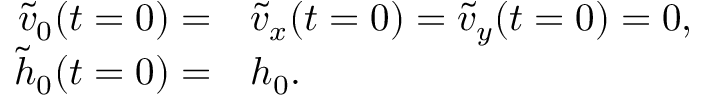
\begin{array} { r l } { \tilde { v } _ { 0 } ( t = 0 ) = } & { { } \tilde { v } _ { x } ( t = 0 ) = \tilde { v } _ { y } ( t = 0 ) = 0 , } \\ { \tilde { h } _ { 0 } ( t = 0 ) = } & { { } h _ { 0 } . } \end{array}